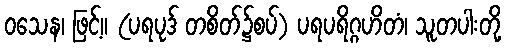
ဝသေန၊ ဖြင့်။ (ပရပုဒ် တစိတ်၌စပ်) ပရပရိဂ္ဂဟိတံ၊ သူတပါးတို့